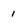
Character: 1